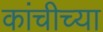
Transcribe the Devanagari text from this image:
कांचीच्या